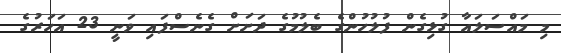
މި މައްސަލައާ ގުޅިގެން ފުލުހުންގެ ބެލުމުގެ ދަށަށް ގެނެސްފައި ވަނީ 23 އަހަރުގެ